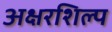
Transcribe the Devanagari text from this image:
अक्षरशिल्प